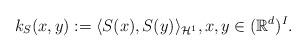
LaTeX: \begin{align*}k_S(x,y) := \langle S(x), S(y) \rangle_{\mathcal{H}^1}, x,y \in (\mathbb{R}^d)^I.\end{align*}